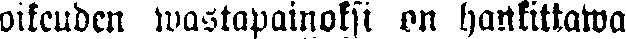
oikeuden wastapainoksi on hankittawa